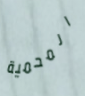
المحمية